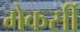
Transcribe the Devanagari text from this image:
मेकर्सी